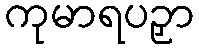
ကုမာရပဉှာ